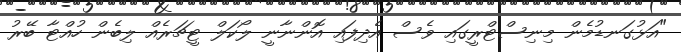
"އަޅުގަނޑުމެން މިނިސްޓްރީގައި ވެސް އެދިފައި އޮންނާނީ ލޯކަލް ޓީޗަރެއް ލިބެން ހުއްޓާ ބޭރު